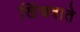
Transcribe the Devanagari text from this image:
खिंचवाते